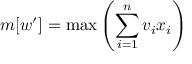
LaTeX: m [ w ^ { \prime } ] = \operatorname* { m a x } \left( \sum _ { i = 1 } ^ { n } v _ { i } x _ { i } \right)